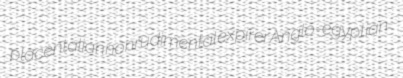
placentalian nonrudimental expirer Anglo-egyptian